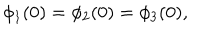
\phi _ { 1 } ( 0 ) = \phi _ { 2 } ( 0 ) = \phi _ { 3 } ( 0 ) ,